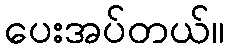
ပေးအပ်တယ်။